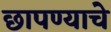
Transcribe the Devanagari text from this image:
छापण्याचे